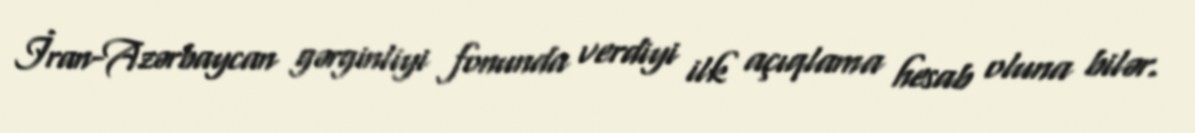
İran-Azərbaycan gərginliyi fonunda verdiyi ilk açıqlama hesab oluna bilər.